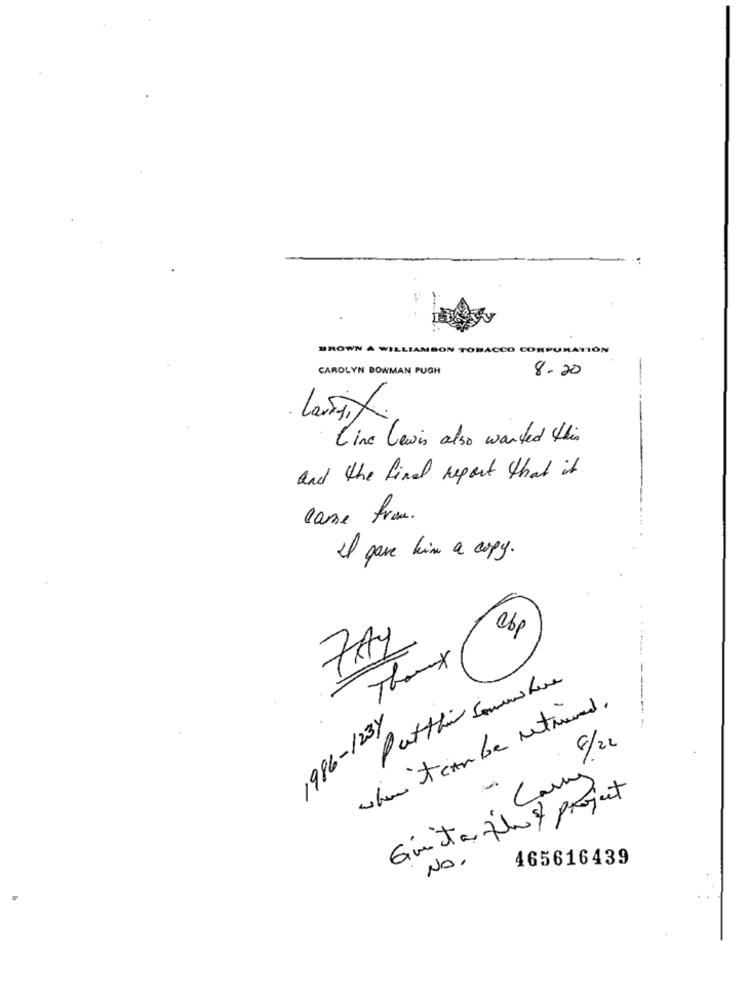
BROWN A WILLIAMSON TOBACCO CORPORATION
CAROLYN BOWMAN PUGH
8.20
Line lewis also wanted this
and the final report that it
casse frau.
I gave him a copy .
abp
FAY
Theux
Putthis Sommisture
when itcan be returned.
1986-1234
c/2
-
Giunta flux project
No.
465616439